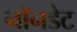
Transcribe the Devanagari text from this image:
नॉनडेट